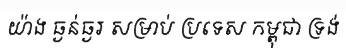
យ៉ាង ធ្ងន់ធ្ងរ សម្រាប់ ប្រទេស កម្ពុជា ទ្រង់